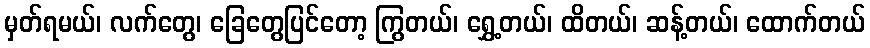
မှတ်ရမယ်၊ လက်တွေ၊ ခြေတွေပြင်တော့ ကြွတယ်၊ ရွှေ့တယ်၊ ထိတယ်၊ ဆန့်တယ်၊ ထောက်တယ်